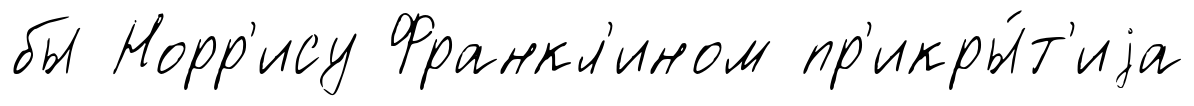
бы Норр'ису Франкл'ином пр'икры́т'иjа